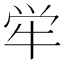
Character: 𫞢